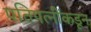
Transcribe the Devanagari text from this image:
पतिपत्नींकडून